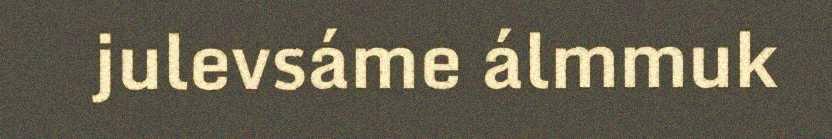
julevsáme álmmuk